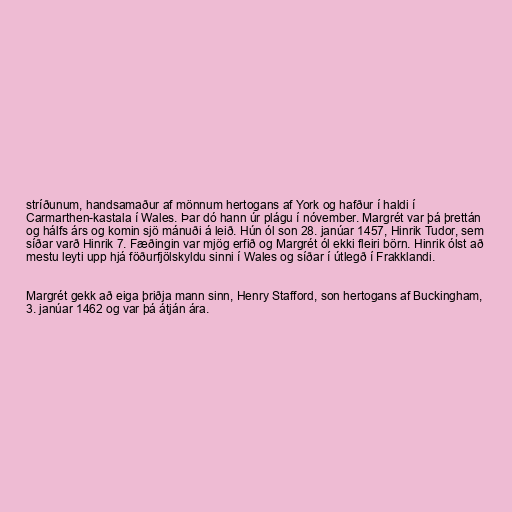
stríðunum, handsamaður af mönnum hertogans af York og hafður í haldi í
Carmarthen-kastala í Wales. Þar dó hann úr plágu í nóvember. Margrét var þá þrettán
og hálfs árs og komin sjö mánuði á leið. Hún ól son 28. janúar 1457, Hinrik Tudor, sem
síðar varð Hinrik 7. Fæðingin var mjög erfið og Margrét ól ekki fleiri börn. Hinrik ólst að
mestu leyti upp hjá föðurfjölskyldu sinni í Wales og síðar í útlegð í Frakklandi.

Margrét gekk að eiga þriðja mann sinn, Henry Stafford, son hertogans af Buckingham,
3. janúar 1462 og var þá átján ára.